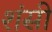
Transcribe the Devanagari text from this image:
शंसी